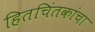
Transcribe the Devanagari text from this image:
हितचिंतकांचा